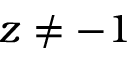
z \neq - 1